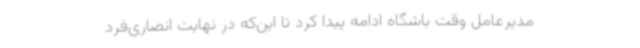
مدیرعامل وقت باشگاه ادامه پیدا کرد تا این‌که در نهایت انصاری‌فرد